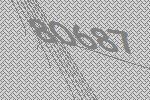
80687